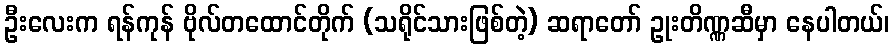
ဦးလေးက ရန်ကုန် ဗိုလ်တထောင်တိုက် (သရိုင်သားဖြစ်တဲ့) ဆရာတော် ဥုးတိဏ္ဏဆီမှာ နေပါတယ်၊